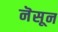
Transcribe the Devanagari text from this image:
नॆसून